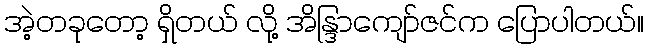
အဲ့တခုတော့ ရှိတယ် လို့ အိန္ဒြာကျော်ဇင်က ပြောပါတယ်။